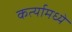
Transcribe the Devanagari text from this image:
कर्त्यामध्ये